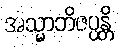
အသ္မာဘိဇပ္ပန္တိ